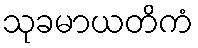
သုခမာယတိကံ